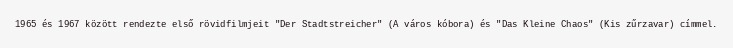
1965 és 1967 között rendezte első rövidfilmjeit "Der Stadtstreicher" (A város kóbora) és "Das Kleine Chaos" (Kis zűrzavar) címmel.